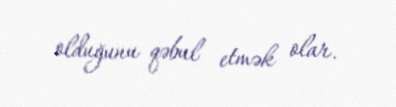
olduğunu qəbul etmək olar.